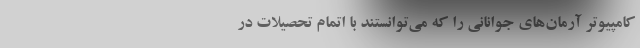
کامپیوتر آرمان‌های جوانانی را که می‌توانستند با اتمام تحصیلات در